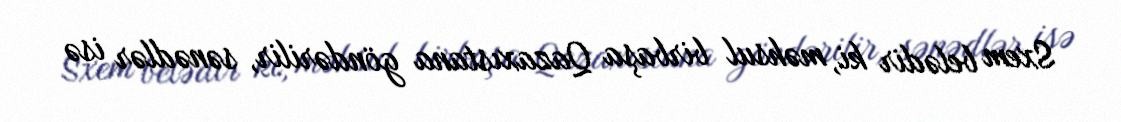
Sxem belədir ki, məhsul birbaşa Qazaxıstana göndərilir, sənədlər isə